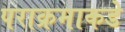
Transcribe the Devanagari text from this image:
पराक्रमाकडे